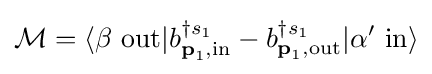
{\mathcal {M}}=\langle \beta \ \mathrm {out} |b_{{\textbf {p}}_{1},\mathrm {in} }^{\dagger s_{1}}-b_{{\textbf {p}}_{1},\mathrm {out} }^{\dagger s_{1}}|\alpha '\ \mathrm {in} \rangle